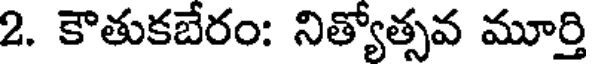
2. కౌతుకబేరం: నిత్యోత్సవ మూర్తి